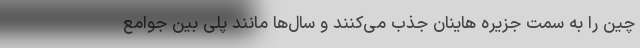
چین را به سمت جزیره هاینان جذب می‌کنند و سال‌ها مانند پلی بین جوامع